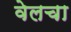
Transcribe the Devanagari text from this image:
वेलचा